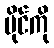
မိုင်ကို